Indian journal of veterinary science and animal husbandry - Volume 5,
Year: 1935
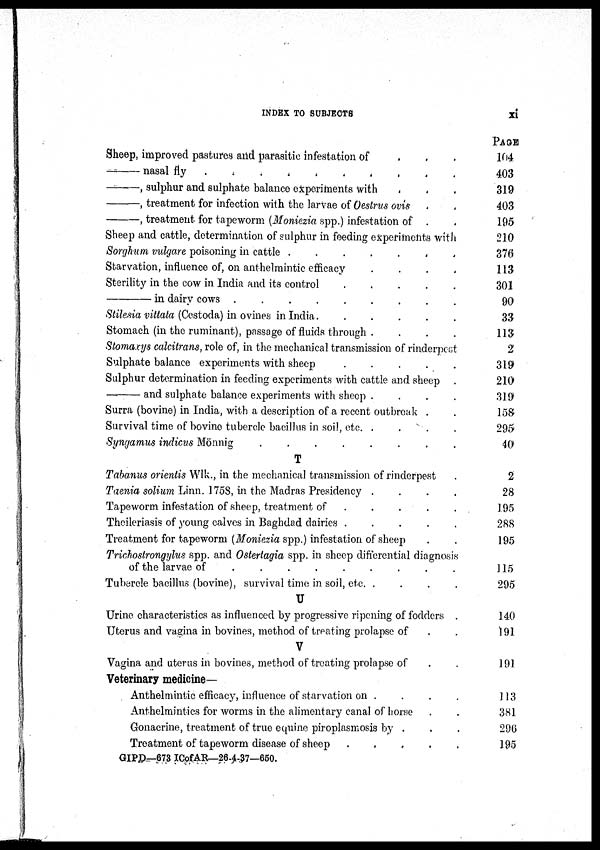
INDEX TO SUBJECTS
xi
Sheep, improved pastures and parasitic infestation of . . .
—
nasal fly
.
.
.
.
.
.
.
.
.
.
—, sulphur and sulphate balance experiment with . . .
—, treatment for infection with the larvae of Oestrus ovis . .
—, treatment for tapeworm (Moniezia spp.) Infection of . .
Sheep and cattle, determination of sulphur in feeding experiments with
Sorghum vulgare poisoning in cattle .
.
.
.
. . .
Starvation, influence of, on anthelmintic efficacy
. . . .
Sterility in the cow in India and its control
.
.
.
.
.
—
in dairv cows . . . . . . . . .
Stilesia vittala (Cestoda) in ovines in India.
.
.
.
.
.
Stomach (in the ruminant), passage of fluids through . . . .
Stomaxys calcitrans, role of, in the mechanical transmission of rinderpest
Sulphate balance experiments with sheep . . . . .
Sulphur determination in feeding experiments with cattle and sheep .
—
and sulphate balance experiments with sheep
.
.
.
.
Surra (bovine) in India, with a description of a recent outbreak . .
Survival time of bovine tubercle bacillus in soil, etc. .
. . .
Syngamus indicus Mönnig . . . . . . . .
T
Tabanus orientis Wlk., in the mechanical transmission of rinderpest .
Taenia solium Linn. 1758, in the Madras Presidency . . . .
Tapeworm infestation of sheep, treatment of
.
.
.
.
.
Theileriasis of young calves in Baghdad dairies . . . . .
Treatment for tapeworm (Moniezia spp.) infestation of sheep . .
Trichostrongylus spp. and Osterlagia spp. in sheep differential diagnosis
of the larvae of . . . . . . . . .
Tubercle bacillus (bovine), survival time in soil, etc. . . . .
U
Urine characteristics as influenced by progressive ripening of fodders .
Uterus and vagina in bovines, method of treating prolapse of
.
.
V
Vagina and uterus in bovines, method of treating prolapse of . .
Veterinary medicine—
Anthelmintic efficacy, influence of starvation on
.
.
.
.
Anthelmintics for worms in the alimentary canal of horse . .
Gonacrine, treatment of true equine piroplasmosis by . . .
Treatment of tapeworm disease of sheep
.
.
.
.
.
GIPD—673 ICofAR—26-4-37—650.
PAGE
104
403
319
403
195
210
376
113
301
90
33
113
2
319
210
319
158
295
40
2
28
195
288
195
115
295
140
191
191
113
381
296
195